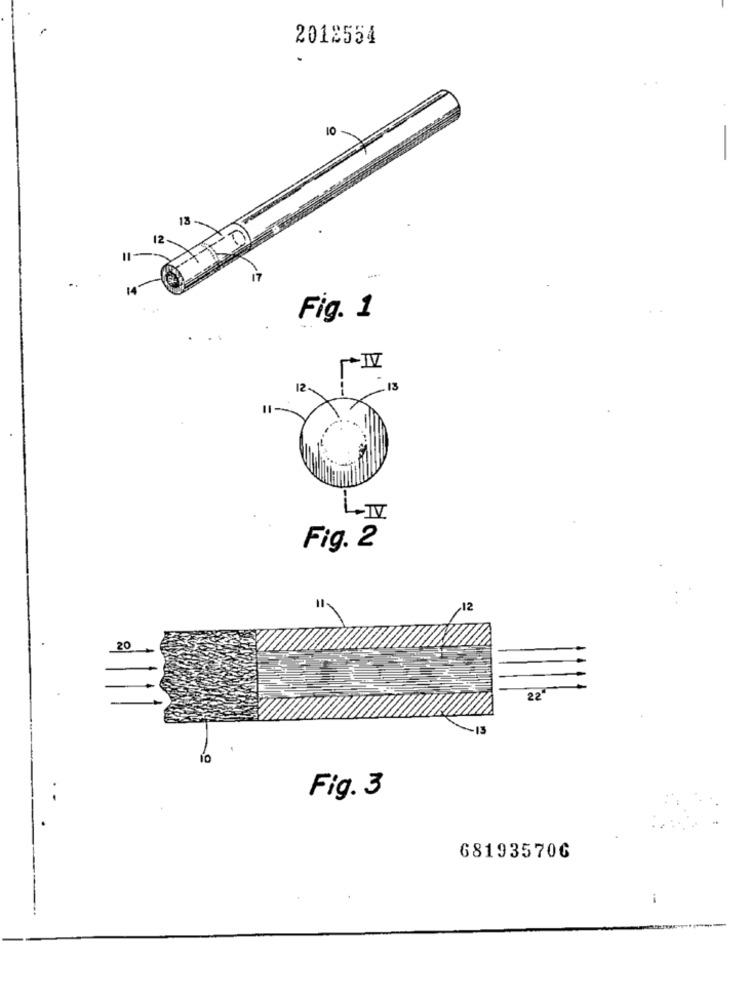
2012554
10
-
13
12
Fig. 1
12
13
11-
LIV
Fig. 2
12
20
Fig. 3
681935706